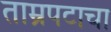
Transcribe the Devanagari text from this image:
ताम्रपटाचा